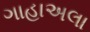
ગાહાઅલા